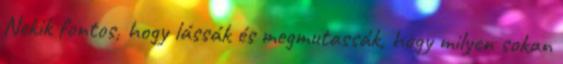
Nekik fontos, hogy lássák és megmutassák, hogy milyen sokan